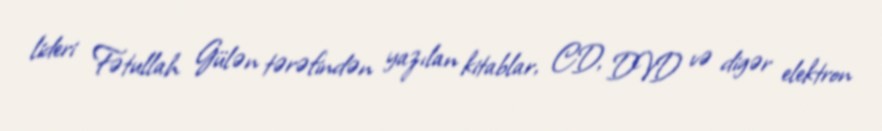
lideri Fətullah Gülən tərəfindən yazılan kitablar, CD, DVD və digər elektron